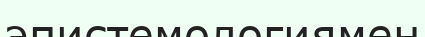
эпистемологиямен